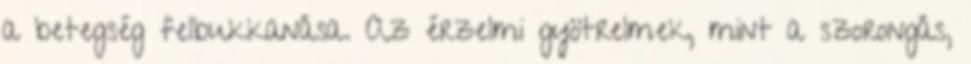
a betegség felbukkanása. Az érzelmi gyötrelmek, mint a szorongás,